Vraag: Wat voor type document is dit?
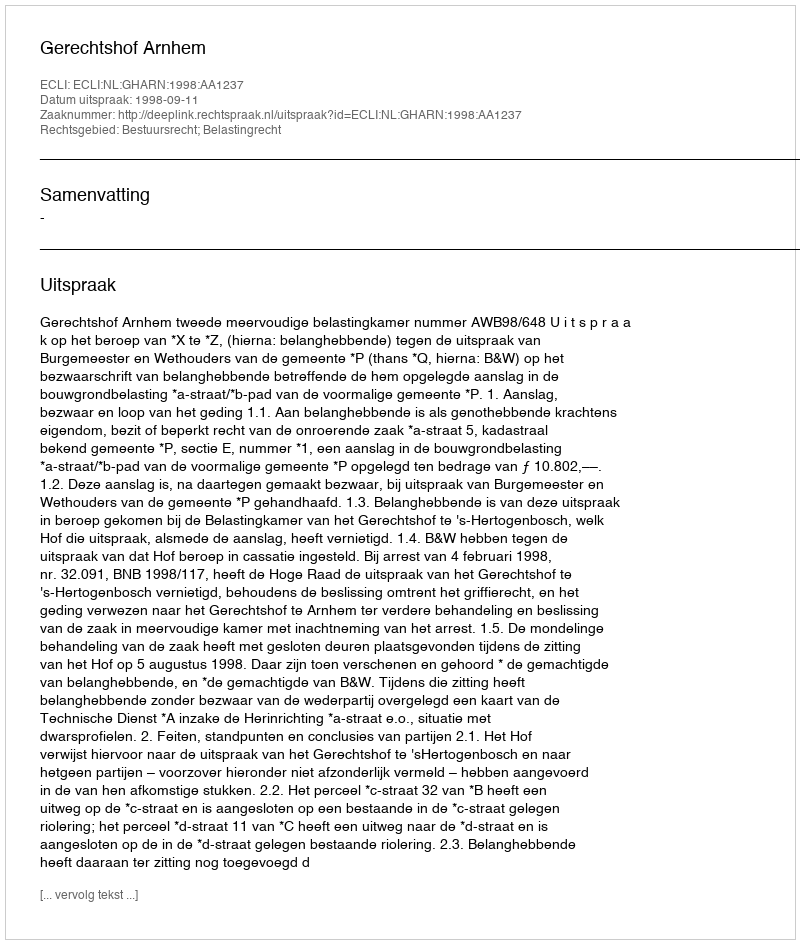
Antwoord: Uitspraak